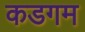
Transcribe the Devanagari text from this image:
कडगम